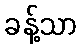
ခန့်သာ